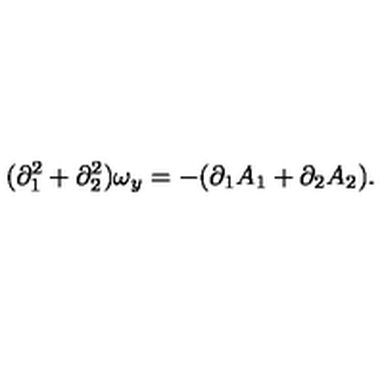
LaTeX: ( \partial _ { 1 } ^ { 2 } + \partial _ { 2 } ^ { 2 } ) \omega _ { y } = - ( \partial _ { 1 } A _ { 1 } + \partial _ { 2 } A _ { 2 } ) .